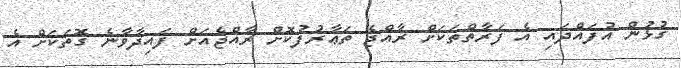
ގުޅުން އުފައްދައި އެ ފަރާތްތަކަށް ރާއްޖެ ތަޢާރުފުކޮށް ރާއްޖެއަށް ފައިދާވާނެ ގޮތަކަށް އެ